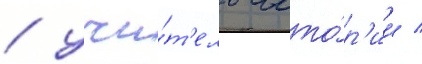
/ учи́т'ель исто́р'ии /